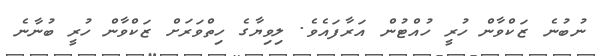
ނުބުނެ ޒަކްވާން ހުރީ ހުއްޓުން އަރާފައެވެ. ލިވިޔާގެ ހިތްވަރަށް ޒަކްވާން ހުރީ ބުނާނެ